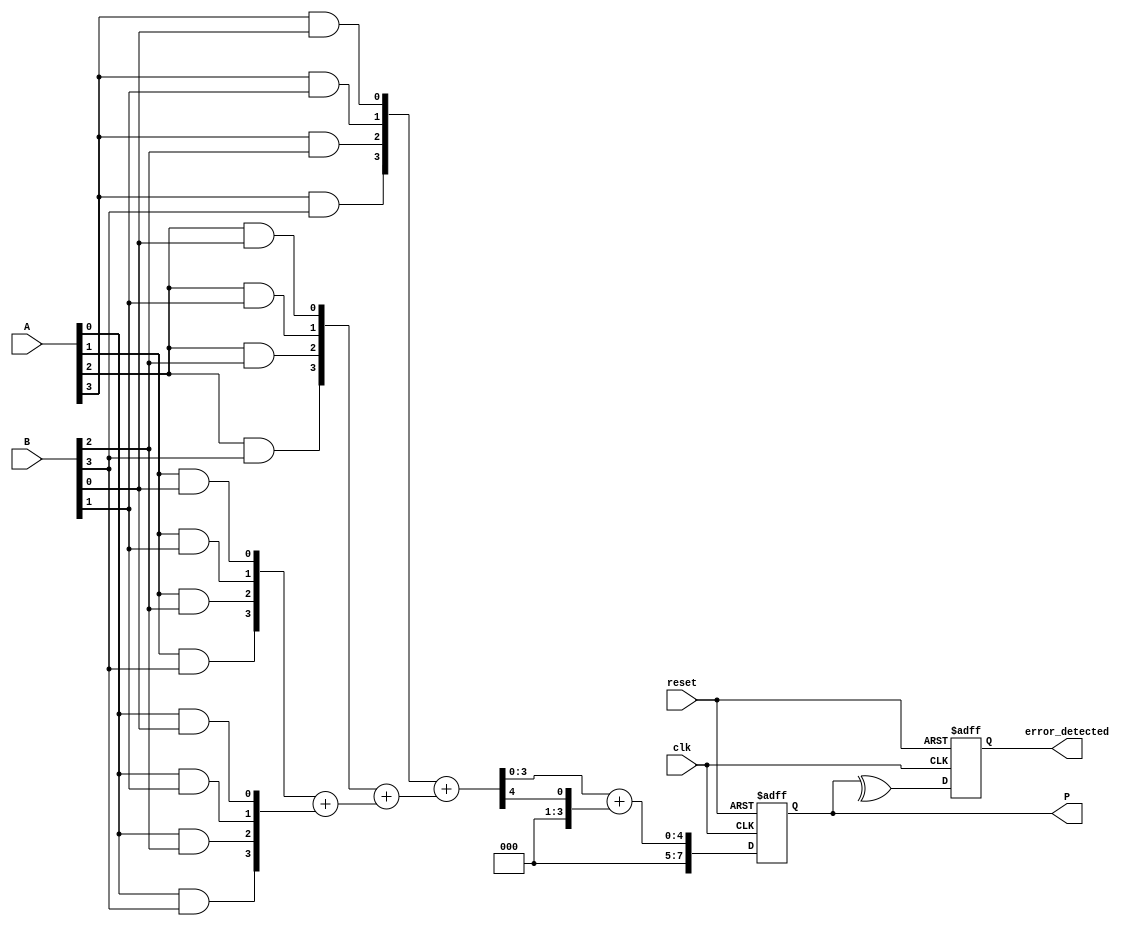
module FaultTolerantWallaceTreeMultiplier #(parameter N = 4) (
    input wire [N-1:0] A,
    input wire [N-1:0] B,
    input wire clk,
    input wire reset,
    output reg [2*N-1:0] P,
    output reg error_detected
);

// Generate partial products
wire [N-1:0] pp[N-1:0]; // Partial products
genvar i, j;
generate
    for (i = 0; i < N; i = i + 1) begin : pp_gen
        for (j = 0; j < N; j = j + 1) begin : pp_inner
            assign pp[i][j] = A[i] & B[j]; // AND operation for partial product
        end
    end
endgenerate

// Wallace Tree Reduction
wire [N-1:0] sum[N-1:0];
wire [N-1:0] carry[N-1:0];

// Carry-Save Adder (CSA) logic
generate
    for (i = 0; i < N; i = i + 1) begin : csa
        if (i == 0) begin
            assign sum[i] = pp[i]; // First level
            assign carry[i] = 0; // No carry initially
        end else begin
            assign {carry[i], sum[i]} = pp[i] + sum[i-1]; // CSA operation
        end
    end
endgenerate

// Final Addition
wire [2*N-1:0] final_sum;
wire [2*N-1:0] final_carry;

// Using a simple adder for final addition (could be optimized with CLA or CSA)
assign {final_carry, final_sum} = {1'b0, sum[N-1]} + {1'b0, carry[N-1]};

// Error Detection (simple parity check for demonstration)
always @(posedge clk or posedge reset) begin
    if (reset) begin
        P <= 0;
        error_detected <= 0;
    end else begin
        P <= final_sum;
        // Simple error detection logic (parity check)
        error_detected <= ^P; // XOR for parity
    end
end

endmodule